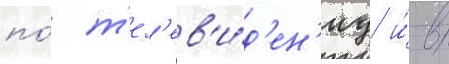
по́ т'ел'ев'и́д'ен'иу и́ в